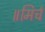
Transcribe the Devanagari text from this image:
॥मिर्च